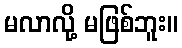
မလာလို့ မဖြစ်ဘူး။